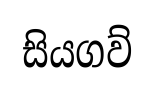
සියගව්